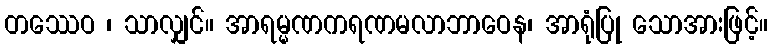
တဿေဝ ၊ သာလျှင်။ အာရမ္မဏကရဏမလာဘာဝေန၊ အာရုံပြု သောအားဖြင့်။